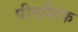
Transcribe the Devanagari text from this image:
पीनशिफ